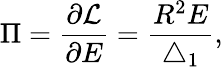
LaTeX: \Pi=\frac{\partial{\cal L}}{\partial E}=\frac{R^{2}E}{\bigtriangleup_{1}},